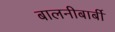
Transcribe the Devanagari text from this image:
बालनीबार्बी